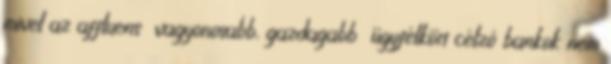
mivel az affluens vagyonosabb, gazdagabb ügyfélkört célzó bankok nem